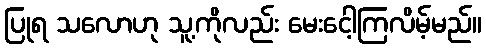
ပြုရ သလောဟု သူ့ကိုလည်း မေးငေါ့ကြလိမ့်မည်။